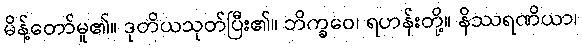
မိန့်တော်မူ၏။ ဒုတိယသုတ်ပြီး၏။ ဘိက္ခဝေ၊ ရဟန်းတို့။ နိဿရဏိယာ၊